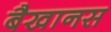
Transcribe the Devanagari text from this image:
बैखानस